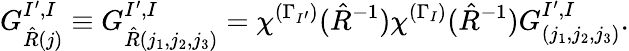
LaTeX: G_{\hat{R}(j)}^{I^{\prime},I}\equiv G_{\hat{R}(j_{1},j_{2},j_{3})}^{I^{\prime},I}=\chi^{(\Gamma_{I^{\prime}})}(\hat{R}^{-1})\chi^{(\Gamma_{I})}(\hat{R}^{-1})G_{(j_{1},j_{2},j_{3})}^{I^{\prime},I}.